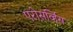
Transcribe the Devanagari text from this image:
एरोसर्व्हिस